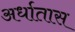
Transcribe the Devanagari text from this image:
अर्धातास